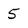
Character: 5